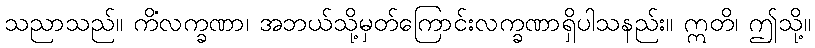
သညာသည်။ ကိံလက္ခဏာ၊ အဘယ်သို့မှတ်ကြောင်းလက္ခဏာရှိပါသနည်း။ ဣတိ၊ ဤသို့။